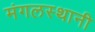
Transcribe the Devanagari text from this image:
मंगलस्थानी